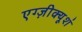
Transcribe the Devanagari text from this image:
एग्ज़ीक्यूशं